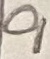
Text: 9